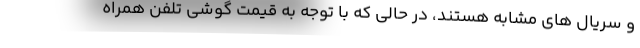
و سریال های مشابه هستند، در حالی که با توجه به قیمت گوشی تلفن همراه